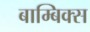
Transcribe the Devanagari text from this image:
बाम्बिक्स